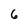
Character: 6